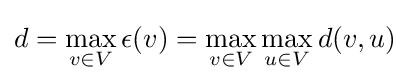
d=\max _{v\in V}\epsilon (v)=\max _{v\in V}\max _{u\in V}d(v,u)